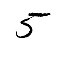
5